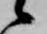
候